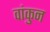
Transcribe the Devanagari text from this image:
वांकुन